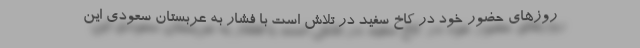
روزهای حضور خود در کاخ سفید در تلاش است با فشار به عربستان سعودی این